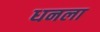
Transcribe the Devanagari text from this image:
ध्‍ानला